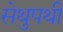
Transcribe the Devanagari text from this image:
सेथुपथी